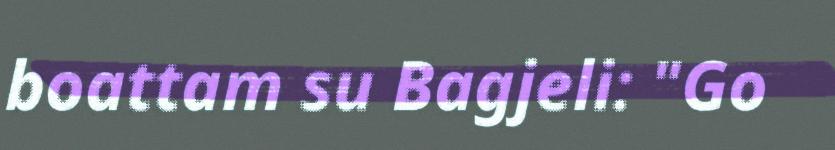
boattam su Bagjeli: "Go